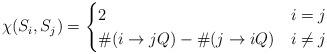
LaTeX: \begin{align*}\chi(S_i,S_j)=\begin{cases}2 & i=j\\\#( i\rightarrow jQ)-\#( j\rightarrow iQ) & i\neq j \end{cases}\end{align*}